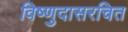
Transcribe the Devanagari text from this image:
विष्णुदासरचित